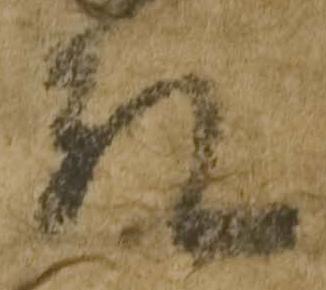
殿